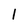
Character: 1